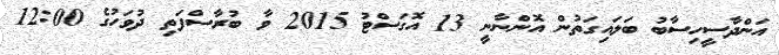
އަންދާސީހިސާބު ބަލައިގަތުން އޮންނާނީ 13 އޮގަސްޓު 2015 ވާ ބުރާސްފަތި ދުވަހުގެ 12:00